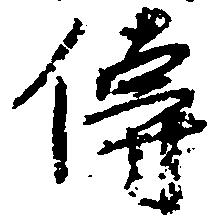
伝